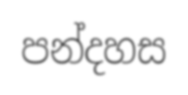
පන්දහස